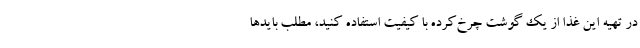
در تهیه این غذا از یک گوشت چرخ‌کرده با کیفیت استفاده کنید، مطلب بایدها